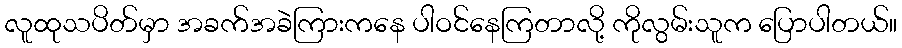
လူထုသပိတ်မှာ အခက်အခဲကြားကနေ ပါဝင်နေကြတာလို့ ကိုလွမ်းသူက ပြောပါတယ်။